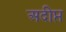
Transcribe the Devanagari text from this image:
अदीप्त